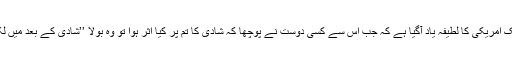
یہاں ہمیں ایک امریکی کا لطیفہ یاد آگیا ہے کہ جب اس سے کسی دوست نے پوچھا کہ شادی کا تم پر کیا اثر ہوا تو وہ بولا ’’شادی کے بعد میں لکھ پتی ہوگیا۔